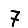
Digit: 7